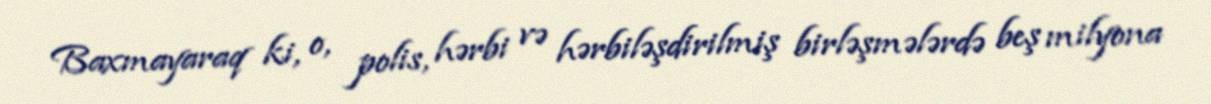
Baxmayaraq ki, o, polis, hərbi və hərbiləşdirilmiş birləşmələrdə beş milyona